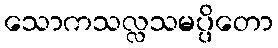
သောကသလ္လသမပ္ပိတော